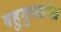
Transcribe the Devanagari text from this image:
बहुगुणसंपन्न